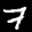
Label: 7